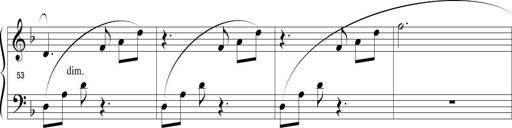
Title: Sonatina in D minor
Composer: Paul Csige
Key: D minor